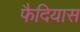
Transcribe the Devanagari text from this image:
फैदियास